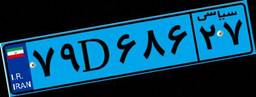
۸۲D۵۴۷۸۳